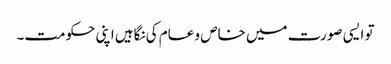
تو ایسی صورت میں خاص و عام کی نگاہیں اپنی حکومت۔